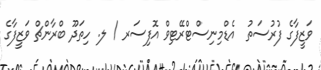
ވަޒީފާގެ ފުރުސަތު  އެޑްމިނިސްޓްރޭޓިވް އޮފިސަރ / ލ. ހިތަދޫ ބްރާންޗް ވަޒީފާގެ